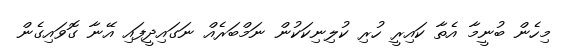
މިހެން ބުނީމާ އެތާ ކައިރީ ހުރިި ކުލިނިކަކުން ނަމްބަރެއް ނަގައިދީފައި އޭނާ ގޮވައިގެން